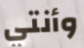
وأنتي